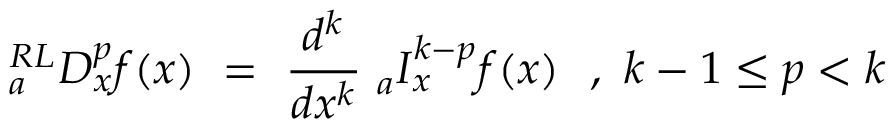
{ } _ { a } ^ { R L } D _ { x } ^ { p } f ( x ) ~ = ~ { \frac { d ^ { k } } { d x ^ { k } } } ~ { } _ { a } I _ { x } ^ { k - p } f ( x ) ~ ~ , ~ k - 1 \leq p < k